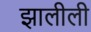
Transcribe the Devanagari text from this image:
झालीली